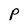
Character: p